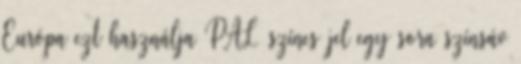
Európa ezt használja PAL színes jel egy sora színsáv